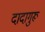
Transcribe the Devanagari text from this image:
दादागुरू